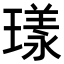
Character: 𭹴